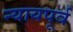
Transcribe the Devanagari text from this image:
न्यायपूर्व